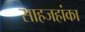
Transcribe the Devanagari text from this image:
साहजहांका